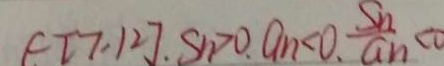
\in [ 7 , 1 2 ] , S _ { n } > 0 . a _ { n } < 0 , \frac { S _ { n } } { a _ { n } } < 0